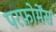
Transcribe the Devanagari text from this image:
परफ़ोर्मेंस